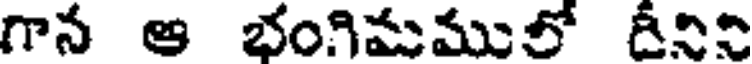
గాన ఆ భంగిమములో దీనిని